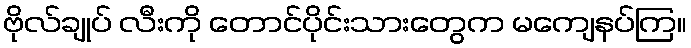
ဗိုလ်ချုပ် လီးကို တောင်ပိုင်းသားတွေက မကျေနပ်ကြ။